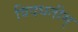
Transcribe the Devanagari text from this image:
विदधतीम्